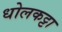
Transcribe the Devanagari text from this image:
धोलकट्टा